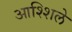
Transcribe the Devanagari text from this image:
आश्शिले